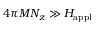
4 \pi M N _ { z } \gg H _ { \mathrm { a p p l } }